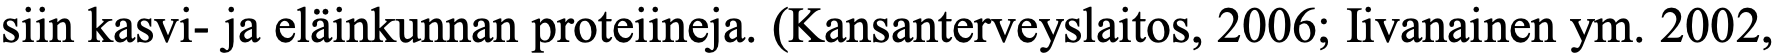
siin kasvi- ja eläinkunnan proteiineja. (Kansanterveyslaitos, 2006; Iivanainen ym. 2002,